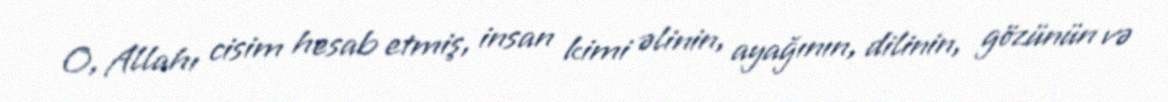
O, Allahı cisim hesab etmiş, insan kimi əlinin, ayağının, dilinin, gözünün və